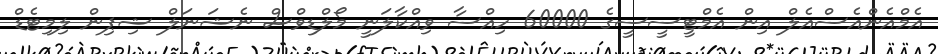
އެމްއެންއެސްއެލް އިން އެމްޓީސީސީގެ 60000 ހިއްސާ ވިއްކާލަނީ މޯލްޑިވްސް ނެޝަނަލް ޝިޕިން ލިމިޓެޑް